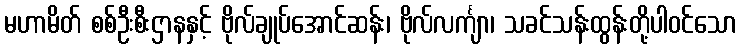
မဟာမိတ် စစ်ဦးစီးဌာနနှင့် ဗိုလ်ချုပ်အောင်ဆန်း၊ ဗိုလ်လင်္ကျာ၊ သခင်သန်းထွန်းတို့ပါဝင်သော